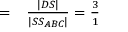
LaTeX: \begin{array} { r l } { = } & { { } { \frac { | D S | } { | S S _ { A B C } | } } = { \frac { 3 } { 1 } } } \end{array}